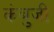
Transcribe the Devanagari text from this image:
कंबुजी